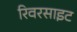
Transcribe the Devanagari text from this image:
रिवरसाइट